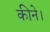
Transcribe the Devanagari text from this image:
कीने।